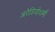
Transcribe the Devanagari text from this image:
अरेडियोधर्मी